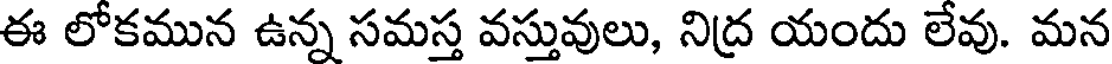
ఈ లోకమున ఉన్న సమస్త వస్తువులు, నిద్ర యందు లేవు. మన